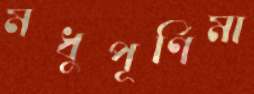
মধুপূর্ণিমা